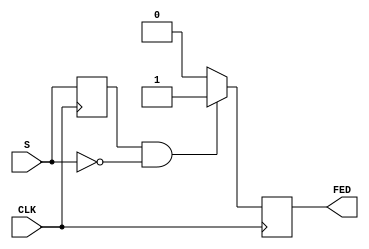
module falling_edge_detector (
    input wire CLK,        // Clock signal
    input wire S,          // Signal input
    output reg FED         // Falling Edge Detected output
);

    // Register to hold the previous state of the input signal
    reg prev_S;

    // Always block triggered on the rising edge of the clock
    always @(posedge CLK) begin
        // Determine if falling edge has occurred
        if (prev_S == 1'b1 && S == 1'b0) begin
            FED <= 1'b1;   // Set FED high when falling edge is detected
        end else begin
            FED <= 1'b0;   // Reset FED to low if no falling edge
        end
        // Update the previous state
        prev_S <= S;
    end

endmodule